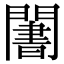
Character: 𬮑